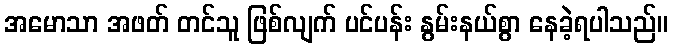
အမောသာ အဖတ် တင်သူ ဖြစ်လျက် ပင်ပန်း နွမ်းနယ်စွာ နေခဲ့ရပါသည်။